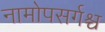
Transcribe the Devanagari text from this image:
नामोपसर्गश्च